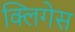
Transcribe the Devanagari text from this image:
क्लिगेस